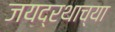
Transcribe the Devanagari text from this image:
जयद्रथाच्या